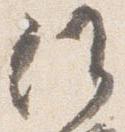
候